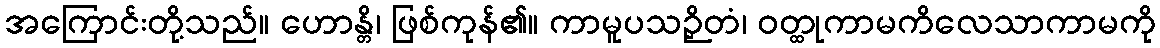
အကြောင်းတို့သည်။ ဟောန္တိ၊ ဖြစ်ကုန်၏။ ကာမူပသဉှိတံ၊ ဝတ္ထုကာမကိလေသာကာမကို